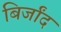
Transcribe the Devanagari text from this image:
बिर्जांद